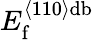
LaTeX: E_{\mathrm{f}}^{\left\langle 110\right\rangle\mathrm{db}}